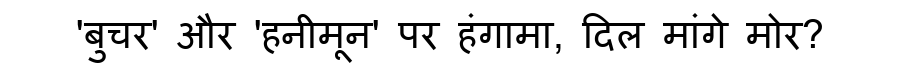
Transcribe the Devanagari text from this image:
'बुचर' और 'हनीमून' पर हंगामा, दिल मांगे मोर?